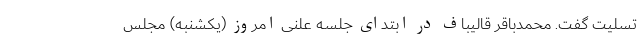
تسلیت گفت. محمدباقر قالیباف در ابتدای جلسه علنی امروز (یکشنبه) مجلس